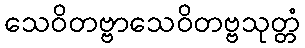
သေဝိတဗ္ဗာသေဝိတဗ္ဗသုတ္တံ